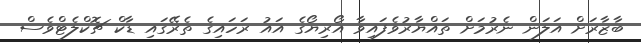
ބާޒާރަށް އަލަން ނެރުމަށް ތައްޔާރުވެފައިވާ އޯރިޔޯގެ އައު ރަހައިގެ ތެރޭގައި ޑާކް ޗޮކްލެޓްވެސް